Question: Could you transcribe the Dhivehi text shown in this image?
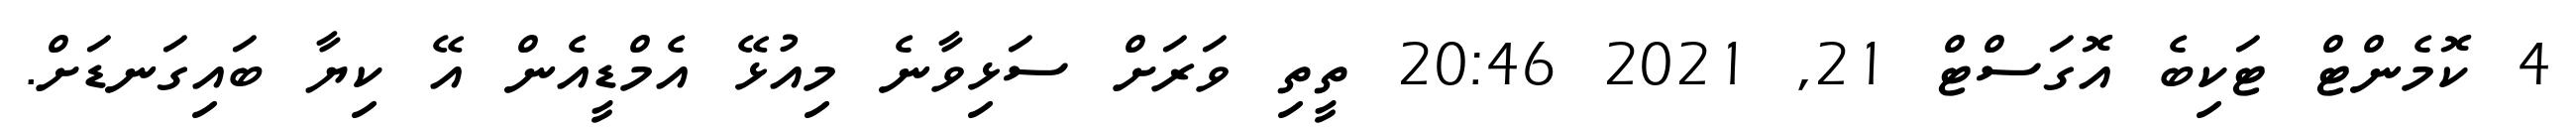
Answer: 4 ކޮމެންޓް ޓަކިބެ އޮގަސްޓް 21, 2021 20:46 ތީތި ވަރަށް ސަޅިވާނެ މިއުޅޭ އެމްޑީއެން އޭ ކިޔާ ބައިގަނޑަށް.